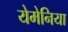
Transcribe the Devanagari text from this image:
येमेनिया